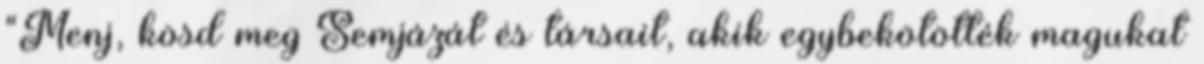
"Menj, kösd meg Semjázát és társait, akik egybekötötték magukat